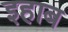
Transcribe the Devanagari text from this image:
इहाब